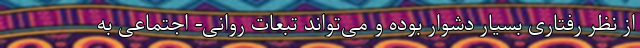
از نظر رفتاری بسیار دشوار بوده و می‌تواند تبعات روانی- اجتماعی به